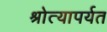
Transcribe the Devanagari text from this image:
श्रोत्यापर्यत